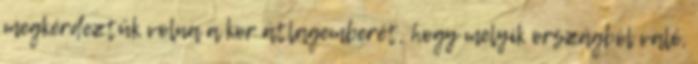
megkérdeztük volna a kor átlagemberét, hogy melyik országból való,